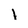
Character: l